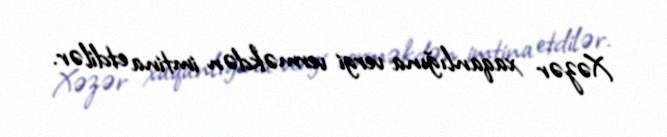
Xəzər xaqanlığına vergi verməkdən imtina etdilər.